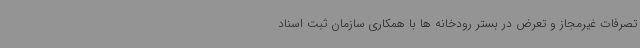
تصرفات غیرمجاز و تعرض در بستر رودخانه ها با همکاری سازمان ثبت اسناد